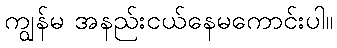
ကျွန်မ အနည်းငယ်နေမကောင်းပါ။